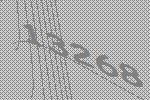
13268